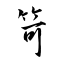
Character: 笴